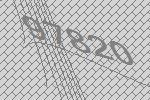
97820